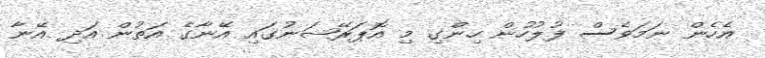
އެހެން ނަމަވެސް ފުލުހުން ހިންގި މި އޮޕަރޭޝަނުގައި އޭނާގެ އަތުން އަދި އޭނާ